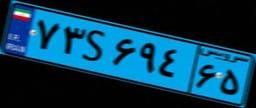
۹۵S۳۸۹۵۱